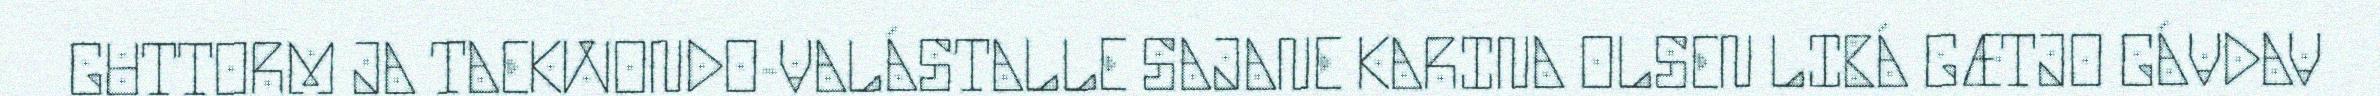
GUTTORM JA TAEKWONDO-VALÁSTALLE SAJANE KARINA OLSEN LIBÁ GÆTJO GÁVDAV